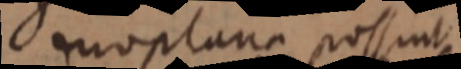
duo plana possint